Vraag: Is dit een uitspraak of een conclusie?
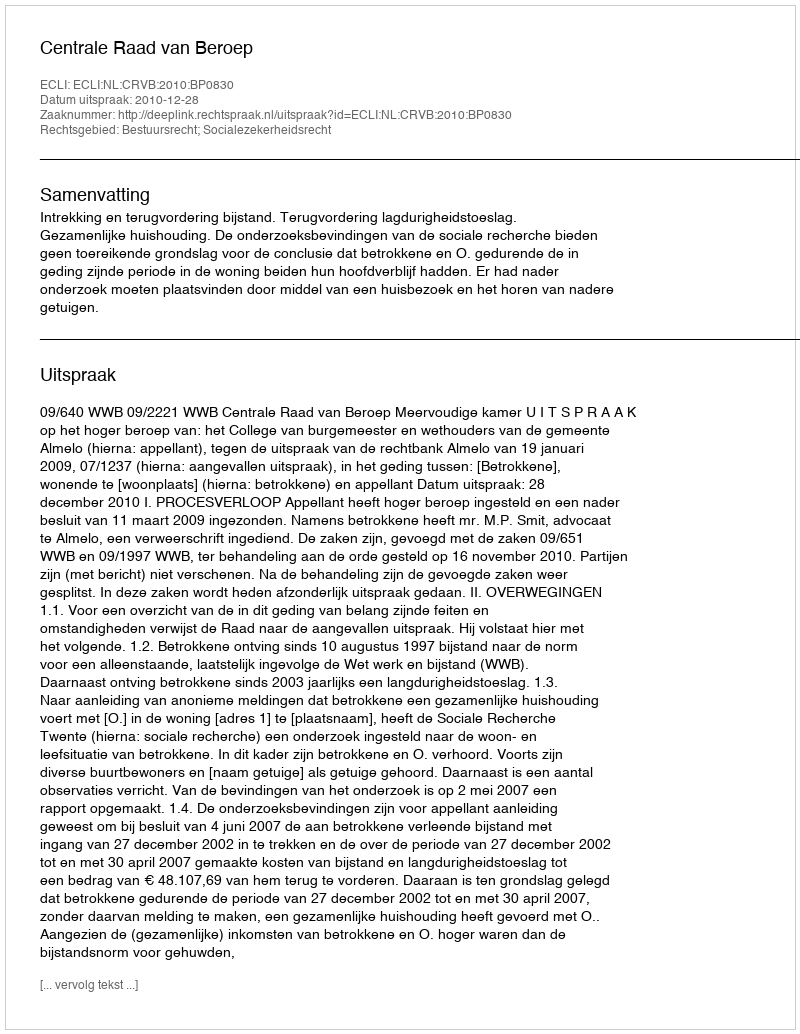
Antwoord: Uitspraak